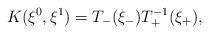
LaTeX: \begin{align*}K(\xi^0,\xi^1)=T_-(\xi_-)T_+^{-1}(\xi_+),\end{align*}